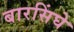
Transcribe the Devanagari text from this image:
बारसिंघे